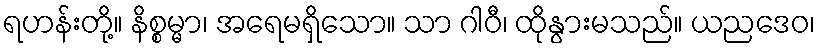
ရဟန်းတို့။ နိစ္စမ္မာ၊ အရေမရှိသော။ သာ ဂါဝီ၊ ထိုနွားမသည်။ ယညဒေဝ၊